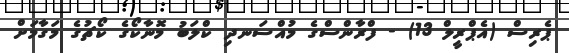
ޕެރިސް (އެޕްރީލް 13) - ފްރާންސްގެ މުއްސަނދި ކްލަބު މޮނާކޯގެ ކޯޗުގެ މަގާމަށް